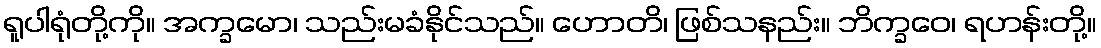
ရူပါရုံတို့ကို။ အက္ခမော၊ သည်းမခံနိုင်သည်။ ဟောတိ၊ ဖြစ်သနည်း။ ဘိက္ခဝေ၊ ရဟန်းတို့။